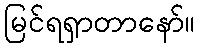
မြင်ရရှာတာနော်။